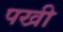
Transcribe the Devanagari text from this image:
पखी